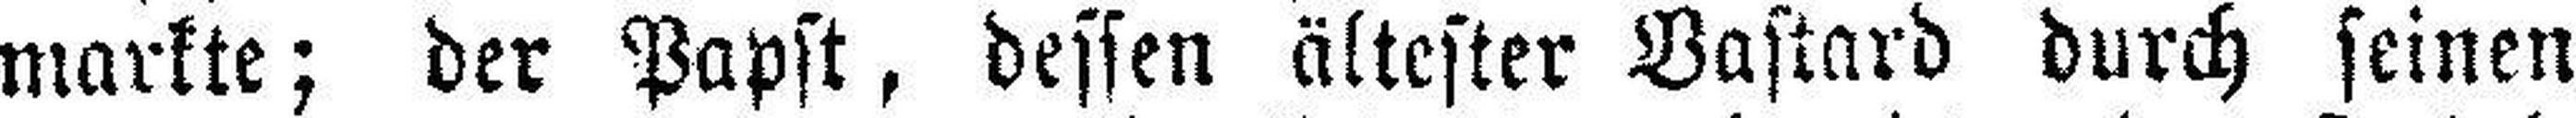
markte; der Papst, dessen ältester Bastard durch seinen